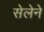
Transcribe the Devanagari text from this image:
सेलेने